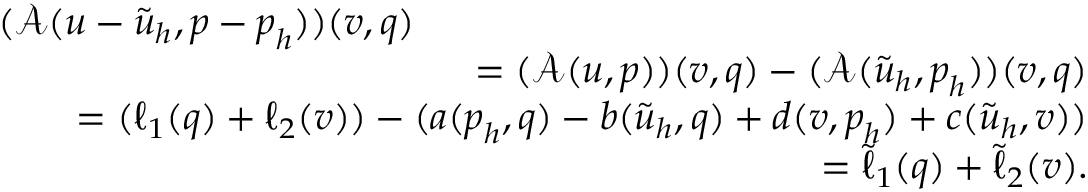
\begin{array} { r l r } { \lefteqn { ( \mathcal { A } ( \boldsymbol { u } - \tilde { \boldsymbol { u } } _ { h } , \boldsymbol { p } - \boldsymbol { p } _ { h } ) ) ( \boldsymbol { v } , \boldsymbol { q } ) } } \\ & { } & { = ( \mathcal { A } ( \boldsymbol { u } , \boldsymbol { p } ) ) ( \boldsymbol { v } , \boldsymbol { q } ) - ( \mathcal { A } ( \tilde { \boldsymbol { u } } _ { h } , \boldsymbol { p } _ { h } ) ) ( \boldsymbol { v } , \boldsymbol { q } ) } \\ & { } & { = ( \ell _ { 1 } ( \boldsymbol { q } ) + \ell _ { 2 } ( \boldsymbol { v } ) ) - ( a ( \boldsymbol { p } _ { h } , \boldsymbol { q } ) - b ( \tilde { \boldsymbol { u } } _ { h } , \boldsymbol { q } ) + d ( \boldsymbol { v } , \boldsymbol { p } _ { h } ) + c ( \tilde { \boldsymbol { u } } _ { h } , \boldsymbol { v } ) ) } \\ & { } & { = \tilde { \ell } _ { 1 } ( \boldsymbol { q } ) + \tilde { \ell } _ { 2 } ( \boldsymbol { v } ) . } \end{array}